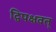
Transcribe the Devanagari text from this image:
द्विपक्षवत्‌